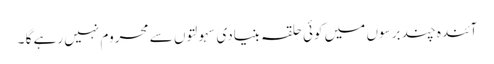
آئندہ چند برسوں میں کوئی حلقہ بنیادی سہولتوں سے محروم نہیں رہے گا ۔